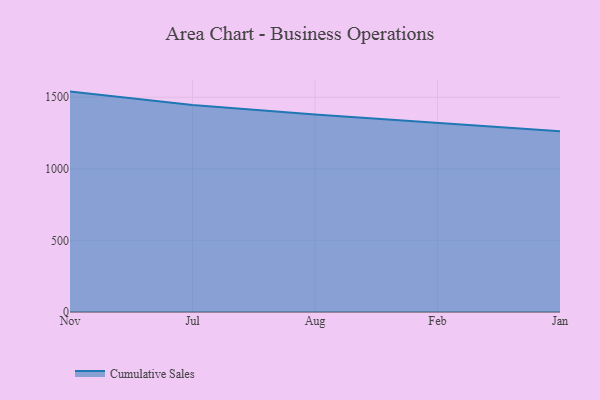
{"axis": {"x": "Month", "y": "Churn Rate (%)"}, "legend": ["Cumulative Sales"], "data": [{"x": "Nov", "y": 1539.3, "type": "Cumulative Sales"}, {"x": "Jul", "y": 1446.5, "type": "Cumulative Sales"}, {"x": "Aug", "y": 1379.1, "type": "Cumulative Sales"}, {"x": "Feb", "y": 1323.0, "type": "Cumulative Sales"}, {"x": "Jan", "y": 1261.9, "type": "Cumulative Sales"}]}